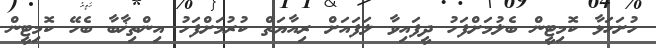
ހުށަހަޅާ ކޮމިޓީން ބެލުމަށްފަހު ދީފައިވާ ލަފައަށް ރިއާޔަތް ކުރުމަށްފަހު އިންތިޚާބާ ބެހޭ ކޮމިޓީން